Vaccination report Assam 1896-1927 - 1896-1927
Year: 1896
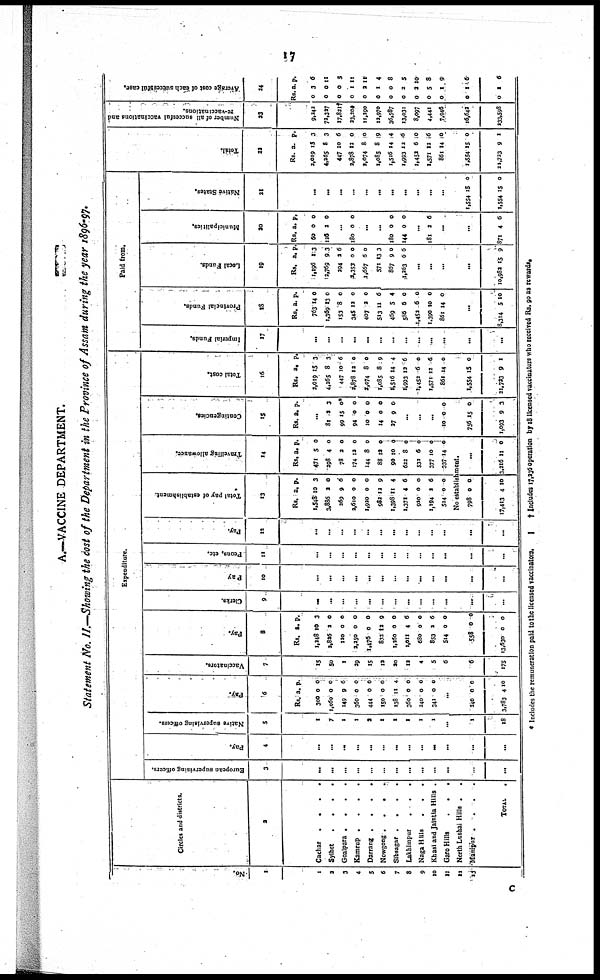
17
A.—VACCINE DEPARTMENT.
Statement No. II.—Showing the cost of the Department in the Province of Assam during the year 1896-97.
No.
1
1
2
3
4
5
6
7
8
9
10
11
12
13
Circles and districts.
2
Cachar .
.
.
.
Sylhet
.
.
.
.
Goalpara .
.
.
.
Kamrup .
.
.
.
Darrang .
.
.
.
Nowgong .
.
.
.
Sibsagar .
.
.
.
Lakhimpur
.
.
.
Naga Hills
.
.
.
Khasi and Jaintia Hills .
Garo Hills
.
.
.
North Loshai Hills ..
Manipur .
.
.
.
TOTAL
.
Expenditure.
European supervising officers.
3
...
...
...
...
...
...
...
...
...
...
...
...
...
Pay.
4
...
...
...
...
...
...
...
...
...
...
...
...
...
Native supervising officers.
5
1
7
1
1
2
1
1
1
1
1
...
1
18
Pay.
6
Rs.
300
1,060
149
360
444
150
138
360
240
341
a.
0
0
9
0
0
0
11
0
0
0
p.
0
0
6
0
0
0
4
0
0
0
...
240
3,783
0
4
0
10
Vaccinators.
7
15
50
1
29
15
12
20
12
4
5
6
0
175
Pay.
8
Rs.
1,248
2,826
120
2,250
1,476
833
1,260
1,011
680
853
514
a.
10
2
0
0
0
12
0
4
0
2
0
p.
3
0
0
0
0
9
0
6
0
6
0
558
13,630
0
0
0
0
Clerks.
9
...
...
...
...
...
...
...
...
...
...
...
...
...
Pay
10
...
...
...
...
...
...
...
...
...
...
...
...
...
Peons, etc.
11
...
...
...
...
...
...
...
...
...
...
...
...
...
Pay.
12
...
...
...
...
...
...
...
...
...
...
...
...
...
Total pay of establishment.
13
Rs.
1,548
3,886
269
2,610
1,920
983
1,398
1,371
920
1,194
514
a.
10
2
9
0
0
12
11
4
0
2
0
p.
3
0
6
0
0
9
4
6
0
6
0
Travelling allowance.
14
Rs.
471
298
78
174
144
88
90
622
532
377
337
a.
5
4
2
12
8
12
10
8
6
10
14
p.
0
0
0
0
0
0
0
0
0
0
0
No establishment.
798
17,413
0
4
0
10
...
3,216 11 0
Contingencies.
15
Rs. a. p.
...
81
99
94
10
14
27
2
15
0
0
0
9
3
0*
0
0
0
0
...
...
...
10 0 0
756
1,093
15
9
0
3
Total cost.
16
Rs.
2,019
4,265
447
2,878
2,074
1,085
1,516
1,993
1,452
1,571
861
a.
15
8
10
12
8
8
14
12
6
12
14
p.
3
3
6
0
0
9
4
6
0
6
0
1,554
21,723
15
9
0
1
Paid from.
Imperial Funds.
17
...
...
...
...
...
...
...
...
...
...
...
...
...
Provincial Funds.
18
Rs.
763
1,369
153
345
407
513
469
586
1,452
1,390
861
a.
14
13
8
12
2
11
5
6
6
10
14
p.
0
0
0
0
0
6
4
0
0
0
0
...
8,314 5 10
Local Funds.
19
Rs.
1,196
2,769
294
2,353
1,667
571
867
1,263
a.
1
9
2
0
6
13
9
6
p.
3
3
6
0
0
3
0
6
...
...
...
...
10,982 15 9
Municipalities.
20
Rs.
60
126
a.
0
2
p.
0
0
...
180 0 0
...
...
180
144
0
0
0
0
...
181 2 6
...
...
871 4 6
Native States.
21
...
...
...
...
...
...
...
...
...
...
...
1,554
1,554
15
15
0
0
Total.
22
Rs.
2,019
4,265
447
2,878
2,074
1,085
1,516
1,993
1,452
1,571
861
a.
15
8
10
12
8
8
14
12
6
12
14
p.
3
3
6
0
0
9
4
6
0
6
0
1,554
21,723
15
9
0
1
Number of all succesful vaccinations and
re-vaccinations.
23
9,242
72,327
17,8217
23,204
11,290
12,970
36,587
13,031
8,097
4,441
7,946
16,642
233,598
Average cost of each successful case.
24
Rs.
0
0
0
0
0
0
0
0
0
0
0
a.
3
0
0
1
2
1
0
2
2
5
1
p.
6
11
5
11
11
4
8
5
10
8
9
0
0
14
1
6
6
* Includes the remuneration paid to the licensed vaccinators.
† Includes 17,236 operation by 18 licensed vaccinators who received Rs. go as rewards.